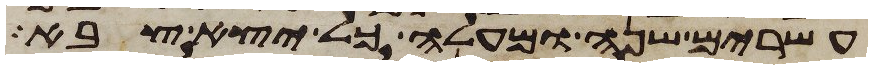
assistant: עשרים שנה ומעלה כל יצא צבא